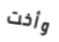
وأخت